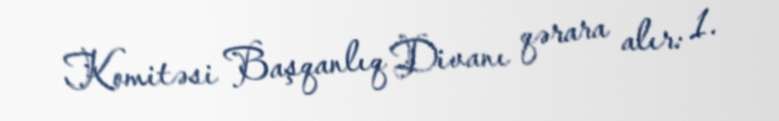
Komitəsi Başqanlıq Divanı qərara alır: 1.